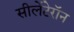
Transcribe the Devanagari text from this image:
सीलेंटेरॉन